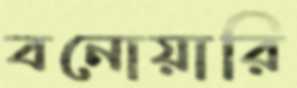
বনোয়ারি